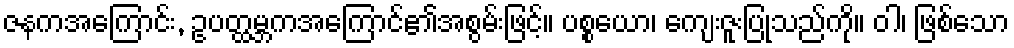
ဇနကအကြောင်း, ဥပတ္ထမ္ဘကအကြောင်၏အစွမ်းဖြင့်။ ပစ္စယော၊ ကျေးဇူးပြုသည်ကို။ ဝါ၊ ဖြစ်သော